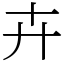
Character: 卉